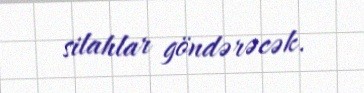
silahlar göndərəcək.